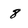
Character: 8